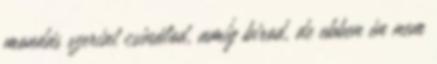
mondás szerint csinálod, amíg birod, de ebben én nem